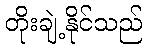
တိုးချဲ့နိုင်သည်